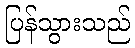
ပြန်သွားသည်